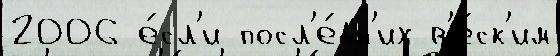
2006 е́сл'и посл'е́дн'их в'е́ск'им